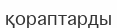
қораптарды